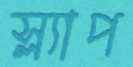
স্ল্যাপ